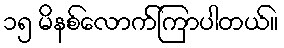
၁၅ မိနစ်လောက်ကြာပါတယ်။